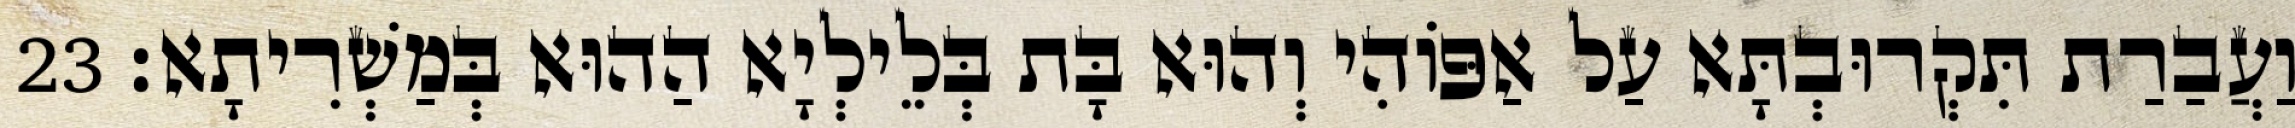
וַעֲבַרַת תִּקְרוּבְתָּא עַל אַפּוֹהִי וְהוּא בָּת בְּלֵילְיָא הַהוּא בְּמַשְׁרִיתָא׃ 23